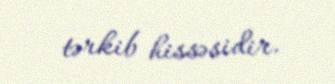
tərkib hissəsidir.